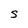
Character: s